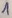
Text: 1